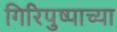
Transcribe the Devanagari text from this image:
गिरिपुष्पाच्या